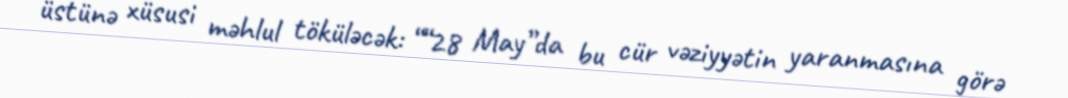
üstünə xüsusi məhlul töküləcək: ““28 May”da bu cür vəziyyətin yaranmasına görə